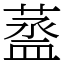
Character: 䕄